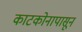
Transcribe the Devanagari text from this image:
काटकोनापासून